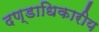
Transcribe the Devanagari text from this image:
दण्डाधिकारीय